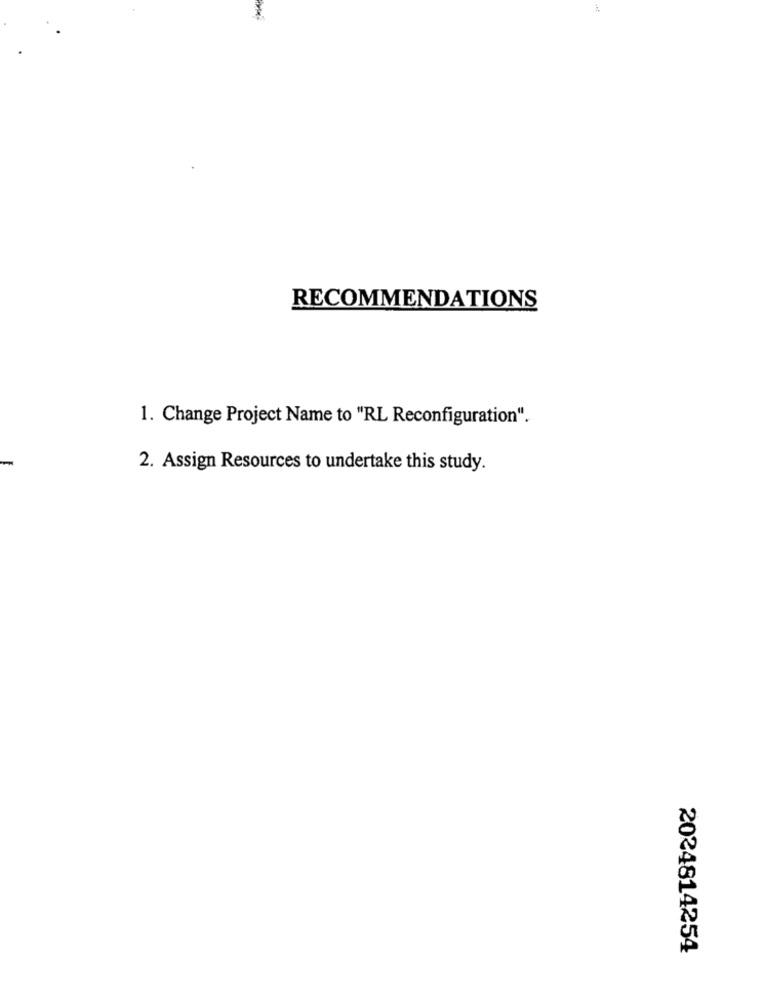
RECOMMENDATIONS
1. Change Project Name to "RL Reconfiguration".
-
2. Assign Resources to undertake this study.
2024814254